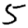
Digit: 5